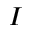
I